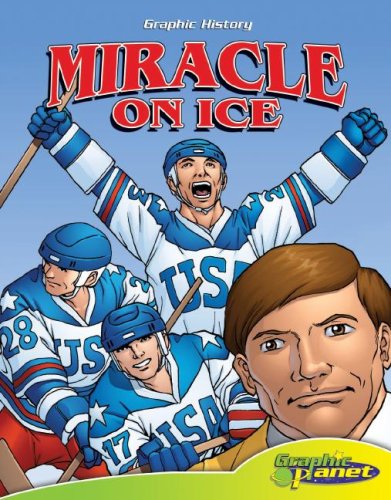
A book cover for Miracle on Ice (Graphic History) (Graphic History) (Graphic History (Graphic Planet)); Joe Dunn; Children's Books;